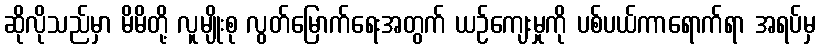
ဆိုလိုသည်မှာ မိမိတို့ လူမျိုးစု လွတ်မြောက်ရေးအတွက် ယဉ်ကျေးမှုကို ပစ်ပယ်ကာရောက်ရာ အရပ်မှ